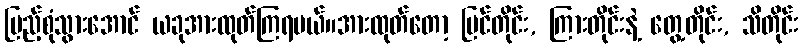
ပြည့်စုံသွားအောင် ယခုအားထုတ်ကြရမယ်။အားထုတ်တော့ မြင်တိုင်း, ကြားတိုင်းနဲ့ တွေ့တိုင်း, သိတိုင်း